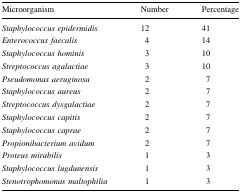
<table><thead><tr><td><b>Microorganism</b></td><td><b>Number</b></td><td><b>Percentage</b></td></tr></thead><tbody><tr><td><i>Staphylococcus epidermidis</i></td><td>12</td><td>41</td></tr><tr><td><i>Enterococcus faecalis</i></td><td>4</td><td>14</td></tr><tr><td><i>Staphylococcus hominis</i></td><td>3</td><td>10</td></tr><tr><td><i>Streptococcus agalactiae</i></td><td>3</td><td>10</td></tr><tr><td><i>Pseudomonas aeruginosa</i></td><td>2</td><td>7</td></tr><tr><td><i>Staphylococcus aureus</i></td><td>2</td><td>7</td></tr><tr><td><i>Streptococcus dysgalactiae</i></td><td>2</td><td>7</td></tr><tr><td><i>Staphylococcus capitis</i></td><td>2</td><td>7</td></tr><tr><td><i>Staphylococcus caprae</i></td><td>2</td><td>7</td></tr><tr><td><i>Propionibacterium avidum</i></td><td>2</td><td>7</td></tr><tr><td><i>Proteus mirabilis</i></td><td>1</td><td>3</td></tr><tr><td><i>Staphylococcus lugdunensis</i></td><td>1</td><td>3</td></tr><tr><td><i>Stenotrophomonas maltophilia</i></td><td>1</td><td>3</td></tr></tbody></table>